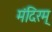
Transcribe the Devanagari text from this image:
मंदिरम्‌